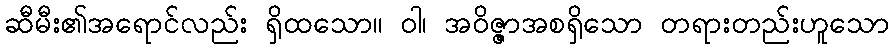
ဆီမီး၏အရောင်လည်း ရှိထသော။ ဝါ၊ အဝိဇ္ဇာအစရှိသော တရားတည်းဟူသော